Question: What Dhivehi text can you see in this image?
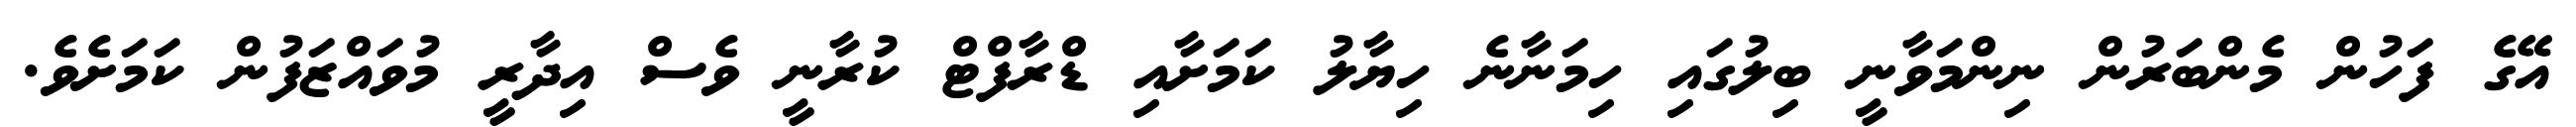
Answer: އޭގެ ފަހުން މެންބަރުން ނިންމަވާނީ ބިލުގައި ހިމަނާނެ ހިޔާލު ކަމަށާއި ޑްރާފްޓް ކުރާނީ ވެސް އިދާރީ މުވައްޒަފުން ކަމަށެވެ.